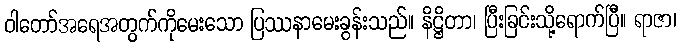
ဝါတော်အရေအတွက်ကိုမေးသော ပြဿနာမေးခွန်းသည်။ နိဋ္ဌိတာ၊ ပြီးခြင်းသို့ရောက်ပြီ။ ရာဇာ၊